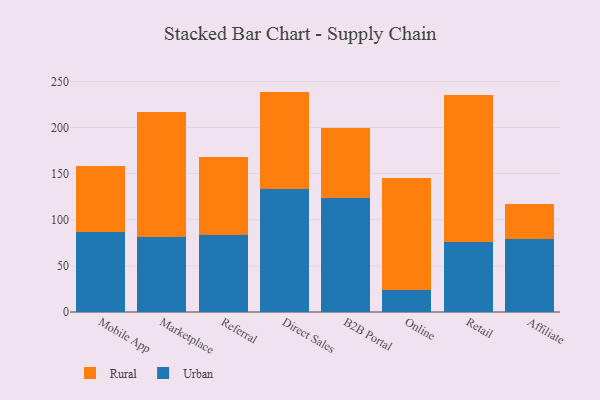
{"axis": {"x": "Channel", "y": "Bounce Rate (%)"}, "legend": ["Rural", "Urban"], "data": [{"x": "Mobile App", "y": 86.9, "type": "Urban"}, {"x": "Mobile App", "y": 71.7, "type": "Rural"}, {"x": "Marketplace", "y": 81.7, "type": "Urban"}, {"x": "Marketplace", "y": 135.1, "type": "Rural"}, {"x": "Referral", "y": 83.6, "type": "Urban"}, {"x": "Referral", "y": 84.0, "type": "Rural"}, {"x": "Direct Sales", "y": 133.6, "type": "Urban"}, {"x": "Direct Sales", "y": 105.3, "type": "Rural"}, {"x": "B2B Portal", "y": 123.4, "type": "Urban"}, {"x": "B2B Portal", "y": 75.6, "type": "Rural"}, {"x": "Online", "y": 23.9, "type": "Urban"}, {"x": "Online", "y": 121.0, "type": "Rural"}, {"x": "Retail", "y": 75.5, "type": "Urban"}, {"x": "Retail", "y": 160.0, "type": "Rural"}, {"x": "Affiliate", "y": 79.3, "type": "Urban"}, {"x": "Affiliate", "y": 37.3, "type": "Rural"}]}